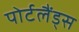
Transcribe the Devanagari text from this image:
पोर्टलैंड्स